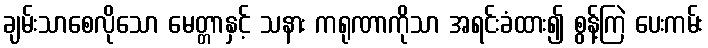
ချမ်းသာစေလိုသော မေတ္တာနှင့် သနား ကရုဏာကိုသာ အရင်းခံထား၍ စွန့်ကြဲ ပေးကမ်း